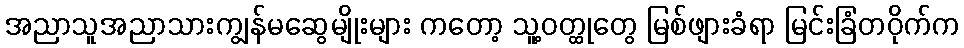
အညာသူအညာသားကျွန်မဆွေမျိုးများ ကတော့ သူ့ဝတ္ထုတွေ မြစ်ဖျားခံရာ မြင်းခြံတဝိုက်က